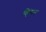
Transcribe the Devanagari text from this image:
व्हिंसन